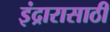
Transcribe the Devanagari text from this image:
इंद्रारासाठी